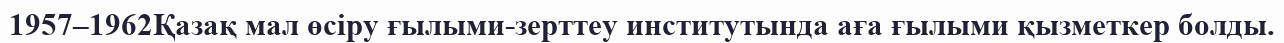
1957–1962Қазақ мал өсіру ғылыми-зерттеу институтында аға ғылыми қызметкер болды.